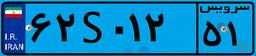
۱۸S۸۷۸۷۷